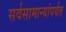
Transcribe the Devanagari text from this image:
सर्वसामान्यांपर्यत